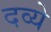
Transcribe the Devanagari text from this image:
दव्ये